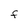
Character: F